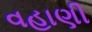
વહાણી